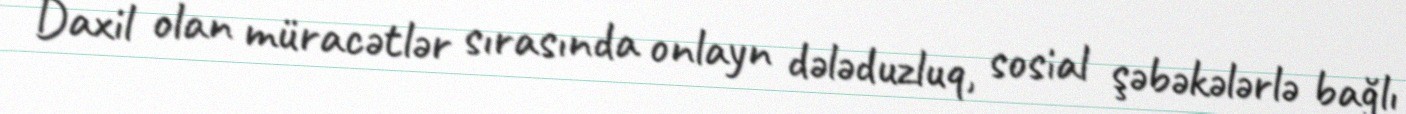
Daxil olan müracətlər sırasında onlayn dələduzluq, sosial şəbəkələrlə bağlı